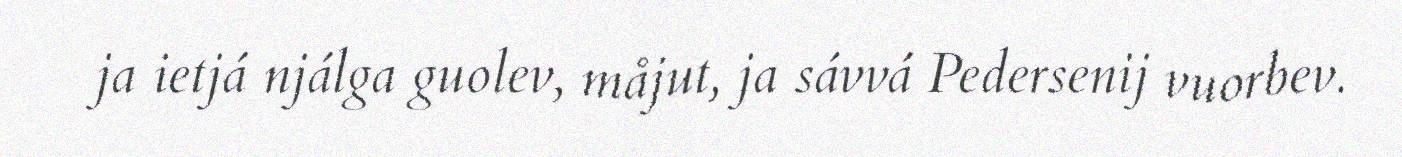
ja ietjá njálga guolev, måjut, ja sávvá Pedersenij vuorbev.